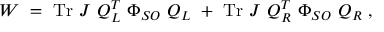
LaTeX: W ~ = ~ \mathrm { T r } ~ J ~ Q _ { L } ^ { T } ~ \Phi _ { S O } ~ Q _ { L } ~ + ~ \mathrm { T r } ~ J ~ Q _ { R } ^ { T } ~ \Phi _ { S O } ~ Q _ { R } ~ ,